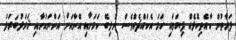
ފަރާތުން ކާއެތިކޮޅެއް ފިޔަވައި ހަމަ އެކައްޗެއްވެސް ނުލިބޭ ކަމަށާއި އޭނާއަށް އަންނައުނާއި ޚަރަދުބަރަދު